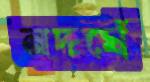
নদঘেঁ